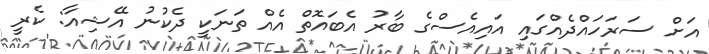
އަށް ސަރަހައްދެއްގައި އައިއެސްގެ ބާރު އެބައޮތް އެއް ތަނަކީ ދެކުނު އޭޝިއާ: ކެރީ